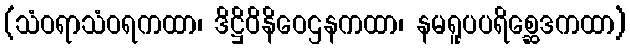
(သံဝရာသံဝရကထာ၊ ဒိဋ္ဌိဝိနိဝေဌနကထာ၊ နမရူပပရိစ္ဆေဒကထာ)